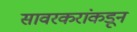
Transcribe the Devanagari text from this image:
सावरकरांकडून